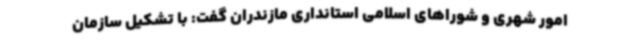
امور شهری و شوراهای اسلامی استانداری مازندران گفت: با تشکیل سازمان